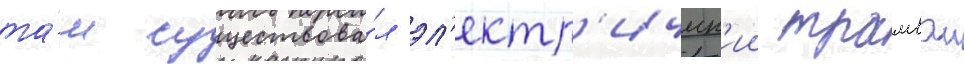
та́м существова́л эл'ектр'ическ'ии трамваи